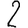
Digit: 2